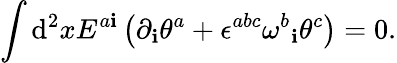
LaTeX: \int\mathrm{d}^{2}xE^{a\mathbf{i}}\left(\partial_{\mathbf{i}}\theta^{a}+\epsilon^{abc}{\omega^{b}}_{\mathbf{i}}\theta^{c}\right)=0.